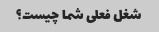
شغل فعلی شما چیست؟